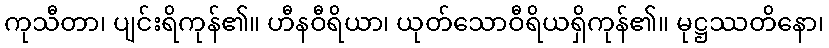
ကုသီတာ၊ ပျင်းရိကုန်၏။ ဟီနဝီရိယာ၊ ယုတ်သောဝီရိယရှိကုန်၏။ မုဋ္ဌဿတိနော၊